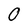
Character: 0